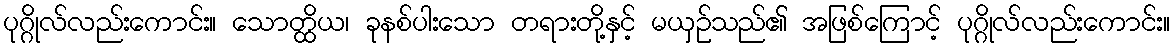
ပုဂ္ဂိုလ်လည်းကောင်း။ သောတ္ထိယ၊ ခုနစ်ပါးသော တရားတို့နှင့် မယှဉ်သည်၏ အဖြစ်ကြောင့် ပုဂ္ဂိုလ်လည်းကောင်း။